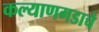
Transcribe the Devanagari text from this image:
कल्याणगडाचे